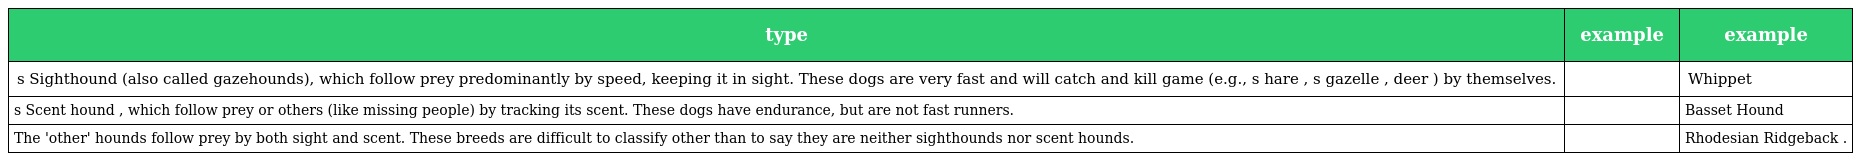
| type | example | example |
 | --- | --- | --- |
 | s Sighthound (also called gazehounds), which follow prey predominantly by speed, keeping it in sight. These dogs are very fast and will catch and kill game (e.g., s hare , s gazelle , deer ) by themselves. |  | Whippet |
 | s Scent hound , which follow prey or others (like missing people) by tracking its scent. These dogs have endurance, but are not fast runners. |  | Basset Hound |
 | The 'other' hounds follow prey by both sight and scent. These breeds are difficult to classify other than to say they are neither sighthounds nor scent hounds. |  | Rhodesian Ridgeback . |